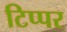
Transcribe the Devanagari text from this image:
टिप्पर